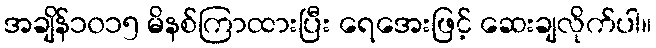
အချိန်၁၀၁၅ မိနစ်ကြာထားပြီး ရေအေးဖြင့် ဆေးချလိုက်ပါ။